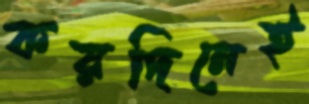
কয়দিনেই